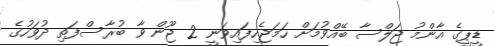
ޑީޕީގެ އާންމު ޖަލްސާ ބޭއްވުމަށް ހަމަޖެހިފައިވަނީ 2 ޖޫން ވާ ބުރާސްފަތި ދުވަހުގެ